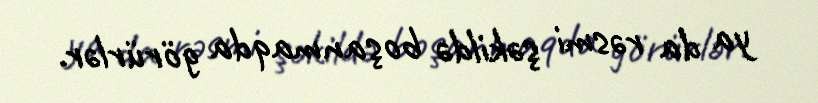
ya da rəsmi şəkildə boşanmaqda görürlər.